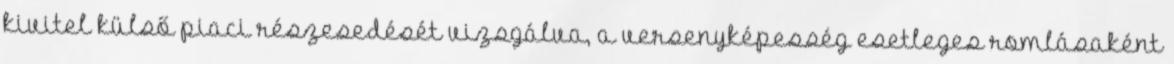
kivitel külső piaci részesedését vizsgálva, a versenyképesség esetleges romlásaként